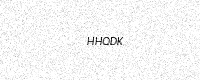
Text: HHQDK